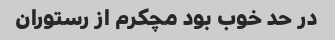
در حد خوب بود مچکرم از رستوران